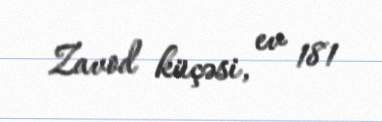
Zavod küçəsi, ev 181